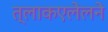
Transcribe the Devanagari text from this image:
त्लाकएलेलने